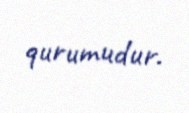
qurumudur.